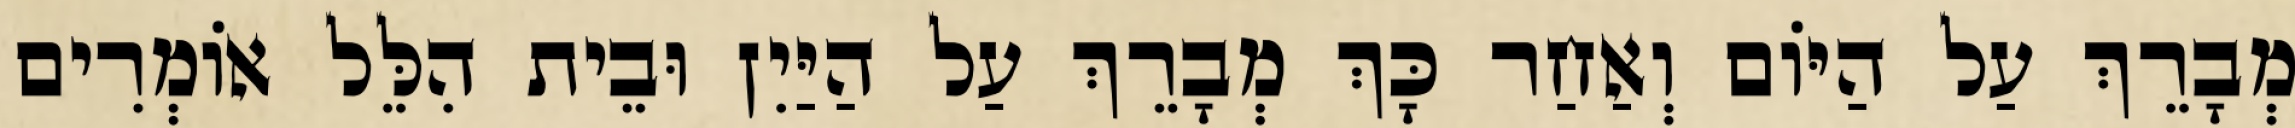
מְבָרֵךְ עַל הַיּוֹם וְאַחַר כָּךְ מְבָרֵךְ עַל הַיַּיִן וּבֵית הִלֵּל אוֹמְרִים